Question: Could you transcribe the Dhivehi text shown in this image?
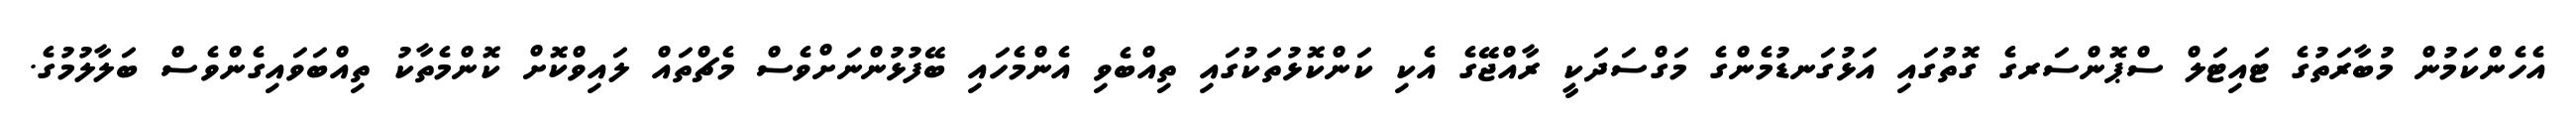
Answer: އެހެންކަމުން މުބާރަތުގެ ޓައިޓަލް ސްޕޮންސަރގެ ގޮތުގައި އަޅުގަނޑުމެންގެ މަގްސަދަކީ ރާއްޖޭގެ އެކި ކަންކޮޅުތަކުގައި ތިއްބެވި އެންމެހައި ބޭފުޅުންނަށްވެސް މެޗްތައް ލައިވްކޮށް ކޮންމެތާކު ތިއްބަވައިގެންވެސް ބަލާލުމުގެ.